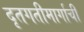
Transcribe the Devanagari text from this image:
दृतगतीमार्गाची